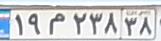
۱۹م۲۳۸۳۸